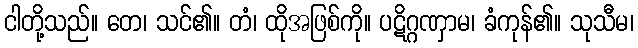
ငါတို့သည်။ တေ၊ သင်၏။ တံ၊ ထိုအဖြစ်ကို။ ပဋိဂ္ဂဏှာမ၊ ခံကုန်၏။ သုသီမ၊